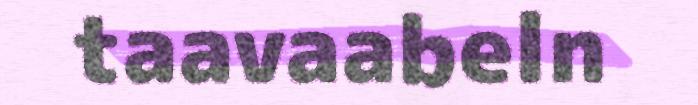
taavaabeln